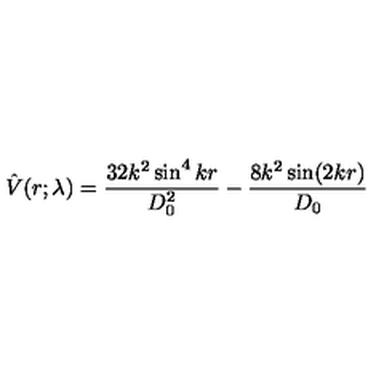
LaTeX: \hat { V } ( r ; \lambda ) = \frac { 3 2 k ^ { 2 } \sin ^ { 4 } k r } { D _ { 0 } ^ { 2 } } - \frac { 8 k ^ { 2 } \sin ( 2 k r ) } { D _ { 0 } }